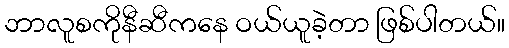
ဘာလူစကိုနီဆီကနေ ဝယ်ယူခဲ့တာ ဖြစ်ပါတယ်။